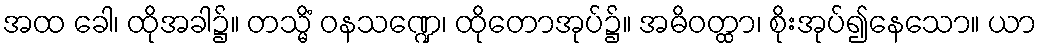
အထ ခေါ၊ ထိုအခါ၌။ တသ္မိံ ဝနသဏ္ဍေ၊ ထိုတောအုပ်၌။ အဓိဝတ္ထာ၊ စိုးအုပ်၍နေသော။ ယာ